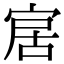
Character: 𡨢